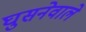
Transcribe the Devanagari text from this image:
घुसनेवाले